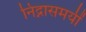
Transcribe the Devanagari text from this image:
निद्नासमयीं